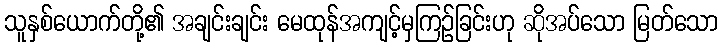
သူနှစ်ယောက်တို့၏ အချင်းချင်း မေထုန်အကျင့်မှကြဉ်ခြင်းဟု ဆိုအပ်သော မြတ်သော